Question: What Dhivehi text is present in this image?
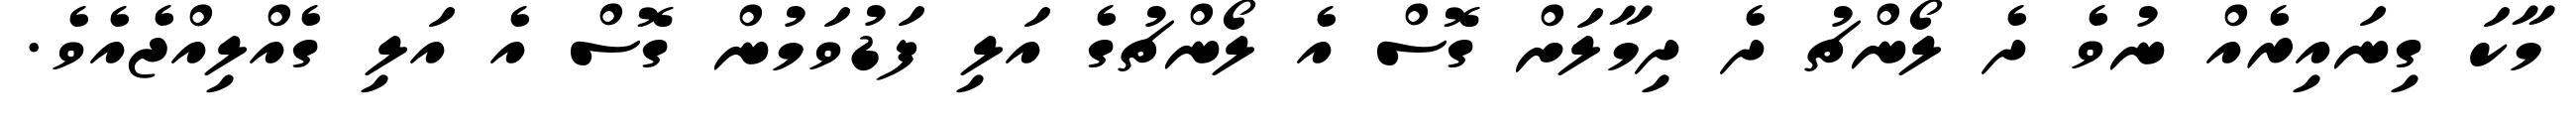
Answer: މާކަ ގިނައިރެއް ނުވެ ދެ ލޯންޗު ދެ ދިމާލަށް ގޮސް އެ ލޯންޗުގެ އަލި ފަޑުވަމުން ގޮސް އެ އަލި ގެއްލިއްޖެއެވެ.